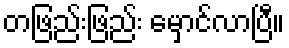
တဖြည်းဖြည်း မှောင်လာပြီ။